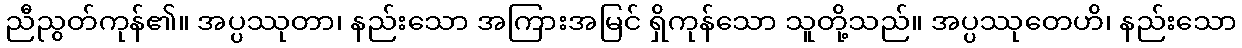
ညီညွတ်ကုန်၏။ အပ္ပဿုတာ၊ နည်းသော အကြားအမြင် ရှိကုန်သော သူတို့သည်။ အပ္ပဿုတေဟိ၊ နည်းသော